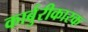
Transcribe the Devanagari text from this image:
कार्बुरीकारक